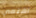
اهتمي